King Institute of Preventive Medicine Micro-Biological Section reports 1909-11
Year: 1909
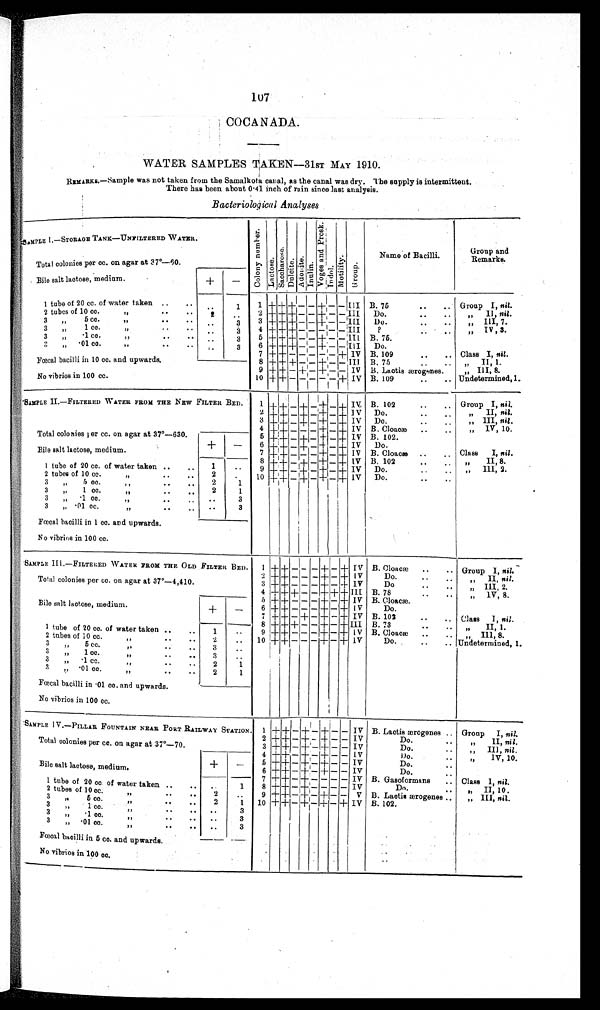
107
COCANADA.
WATER SAMPLES TAKEN—31sT MAY 1910.
REMARKS.—Sample was not taken from the Samalkota canal, as the canal was dry. The supply is intermittent.
There has been about 0 . 41 inch of rain since last analysis.
Bacteriological Analyses
SAMPLE I.—STORAGE TANK--UNFILTERED WATER.
Col ony number.
L a c t o s e .
S a c c h a r o s e .
D u l c i t e .
Adoni te.
Inlin.
V o g a s a n d P r o s k .
I ndol .
Motility.
Group.
Name of Bacilli.
Group and
Remarks.
Total colonies per cc. on agar at 37°—60.
Bile salt lactose, medium.
+
—
1 tube of 20 cc. of water taken ..
. .
. .
1
1
+
+
+ — — +
—
—
I I I B. 75
• •
• •
Group I, nil.
2 tubes of 10 cc.
, , ,,
,,
2
. . 2 + +
-+ — — + — — I I I Do.
II, nil.
3 5 cc,,..
...
. . 3
3 + + + — — + —— I I I Do.
III, 7.
3,, 1 cc.
,,
..
.
. .
3
4 + + + — — — —— III
?
..
.. ,,
I V , 3
, , . 3 , , · 1 c c
..
3
5 + + + — — + —— I I I B. 76.
3
„
• 01 cc.
.. .. ..
. .
3
6 + +
+ — — + —— I I I Do.
7 + + — — — — — + IV B. 109
• •
• • Class I, nil.
Fœcal bacilli in 10 cc. and upwards.
8 + + + — — + —— III. B. 75
II, 1.
9 + + — + — + —— IV B. Laotis ærogenes.
III. 8•
No vibrios in 100 cc.
10 + + — — — — —— + IV B. 109
..
.. Undetermined, l.
SAMPLE II—FILTERED WATER FROM THE NEW FILTER BED. 1 +
+
— + — + — + IV B. 102
..
.. Group I, nil.
2
+ + —
+ — + — + IV Do.
..
•
,,
III, nil
3 + + — + — + — + IV Do.
IV, 10.
4 + + — — — ± — +
I V B. Cloacæ .. ..
„
Total colonies ler cc. on agar at 37°—630.
5
+ +
—
+ — +
—
+
I V
B
Do102..
+
— 6 + + — + — + — +
I V
Do.
Class
nil.
Bile salt lactose, medium.
. .
7 + + — — — + — +
I V B. Cloacæ ..
..
I I , 8 . ,
1
. .
8 + + — + — + — + IV B. 102
III, 2.
1 tube of 20 cc. of water taken ..
..
2
. .
9 + + — + — + — + IV Do.
..
2 tubes of 10 cc.
..
. •
2
. .
10 +
-+ — + — + — +
I V Do.
..
• .
. , , 5 c c 2
1
3 , , 1 c c
2
1
3 , , · 1 c c .
. .
3
3 ,,
01 cc...
• •
. ,
. .
3
Fœcal bacilli in 1 cc. and upwards.
No vibrios in 100 cc.
SAMPLE III —FILTERED WATER BROM THE OLD FILTER BED. 1 +
+ — —
— + — + IV B. Cloacæ ..
• • Group I, nil.
2 + + — — — +
-—
+ IV
Do.
..
II, nil.
Total colonies per cc. on agar at 37°—4,410.
3
+ + — — — + — + IV
Do
..
• •
,,
III, 2.
4 +
+ + — — + + + III B. 78
IV, 8.
5 + + — — — + — + IV B. Cloacæ.
Bile salt lactose, medium.
+
—
6 + + — — — +
+ IV
Do.
7 + +
— + — + — + IV B. 102
Class I, nil .
8 + + + — — + — +
I I I B. 73
II, 1.
1 tube of 20 cc. of water taken ..
. .
1
..
9 + +
— — — + — + IV B. Cloacæ .. ..
„ III, 8.
2 tubes of 10 cc.,, . .
. .
2
..
10 + + — — —
+ — + IV
Do.
...
.. Undetermined, 1.
3 ,, 5 cc.,
3
. .
31 cc.
. .
3
. .
3 ,,„
· 1
c c .
• . .
. .
,
2
1
3 „ · 0 1 c c .
2 1
Fœcal bacilli in ·01 cc. and upwards.
No vibrios in 100 cc.
SAMPLE IV. — PILLAR FOUNTAIN NEAR PORT RAILWAY STATION. 1
+ + — + — + — — IV B. Lactis ærogenes .. Group I, nil.
Total colonies per cc. on agar at 37°—70.
2 + + — + — + — — IV
Do.
. . ,,
II, nil.
3 + + — + — + — — IV
Do.
. . .. III, nil .
4 + + — + — + — — IV
Do.
. . ..
1V, 10.
+
—
5 + + — + — + — — IV
Do.
. .
Bile salt lactose, medium.
6 + + — + —
+ — — IV
Do.
7 + + — + — — — — IV B. Gasoformans
.. Class I, nil.
1 tube of 20 cc of water taken. ..
..
. . 1
8
+ +
-—
+ — — — —
I V
Dn.
. . ,, II, 10.
2 tubes of 10 cc.
,, .. .. 2
..
g +
±
— + — + — — V B. Lactis ærogenes ...
III, nil.
3 ..
5 cc...
..
2
1
10 + + — + — + — + I V B. 102.
3 ,,1 cc
..
3
3 , , · 1 c c
..
3
3 „ · 0 1
c c .
. .
. .
. . 3
Fœcal bacilli in 5 cc. and upwards.
No vibrios in. 100 cc.